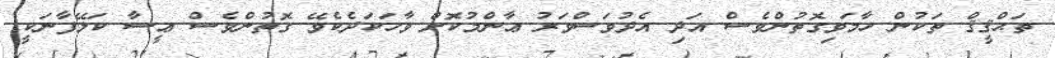
ތަޙްޤީޤް ތަކުން ހާމަވިގޮތުންވެސް އަދި އެދުވަސްވަރު ޢާންމުކޮށް ވާހަކަދެކެވޭ ގޮތުންވެސް ޢީސާ ކަލޭފާނަކީ